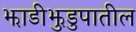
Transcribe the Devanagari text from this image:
झाडीझुडुपातील